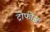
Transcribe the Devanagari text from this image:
ट्रोफीज